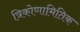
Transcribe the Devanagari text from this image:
त्रिकोणामितिक